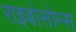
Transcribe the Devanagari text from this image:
राइबोसोम्स